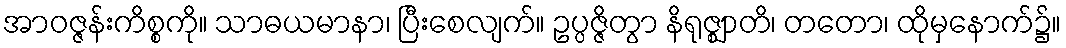
အာဝဇ္ဇန်းကိစ္စကို။ သာဓယမာနာ၊ ပြီးစေလျက်။ ဥပ္ပဇ္ဇိတွာ နိရုဇ္ဈာတိ၊ တတော၊ ထိုမှနောက်၌။